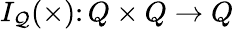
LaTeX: I_{\mathcal{Q}}(\times)\colon Q\times Q\to Q